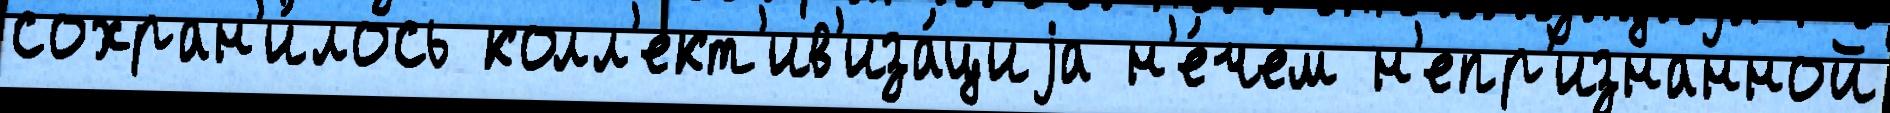
сохран'и́лось колл'ект'ив'иза́циjа н'е́чем н'епр'изнанной